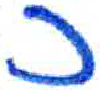
אות: כ